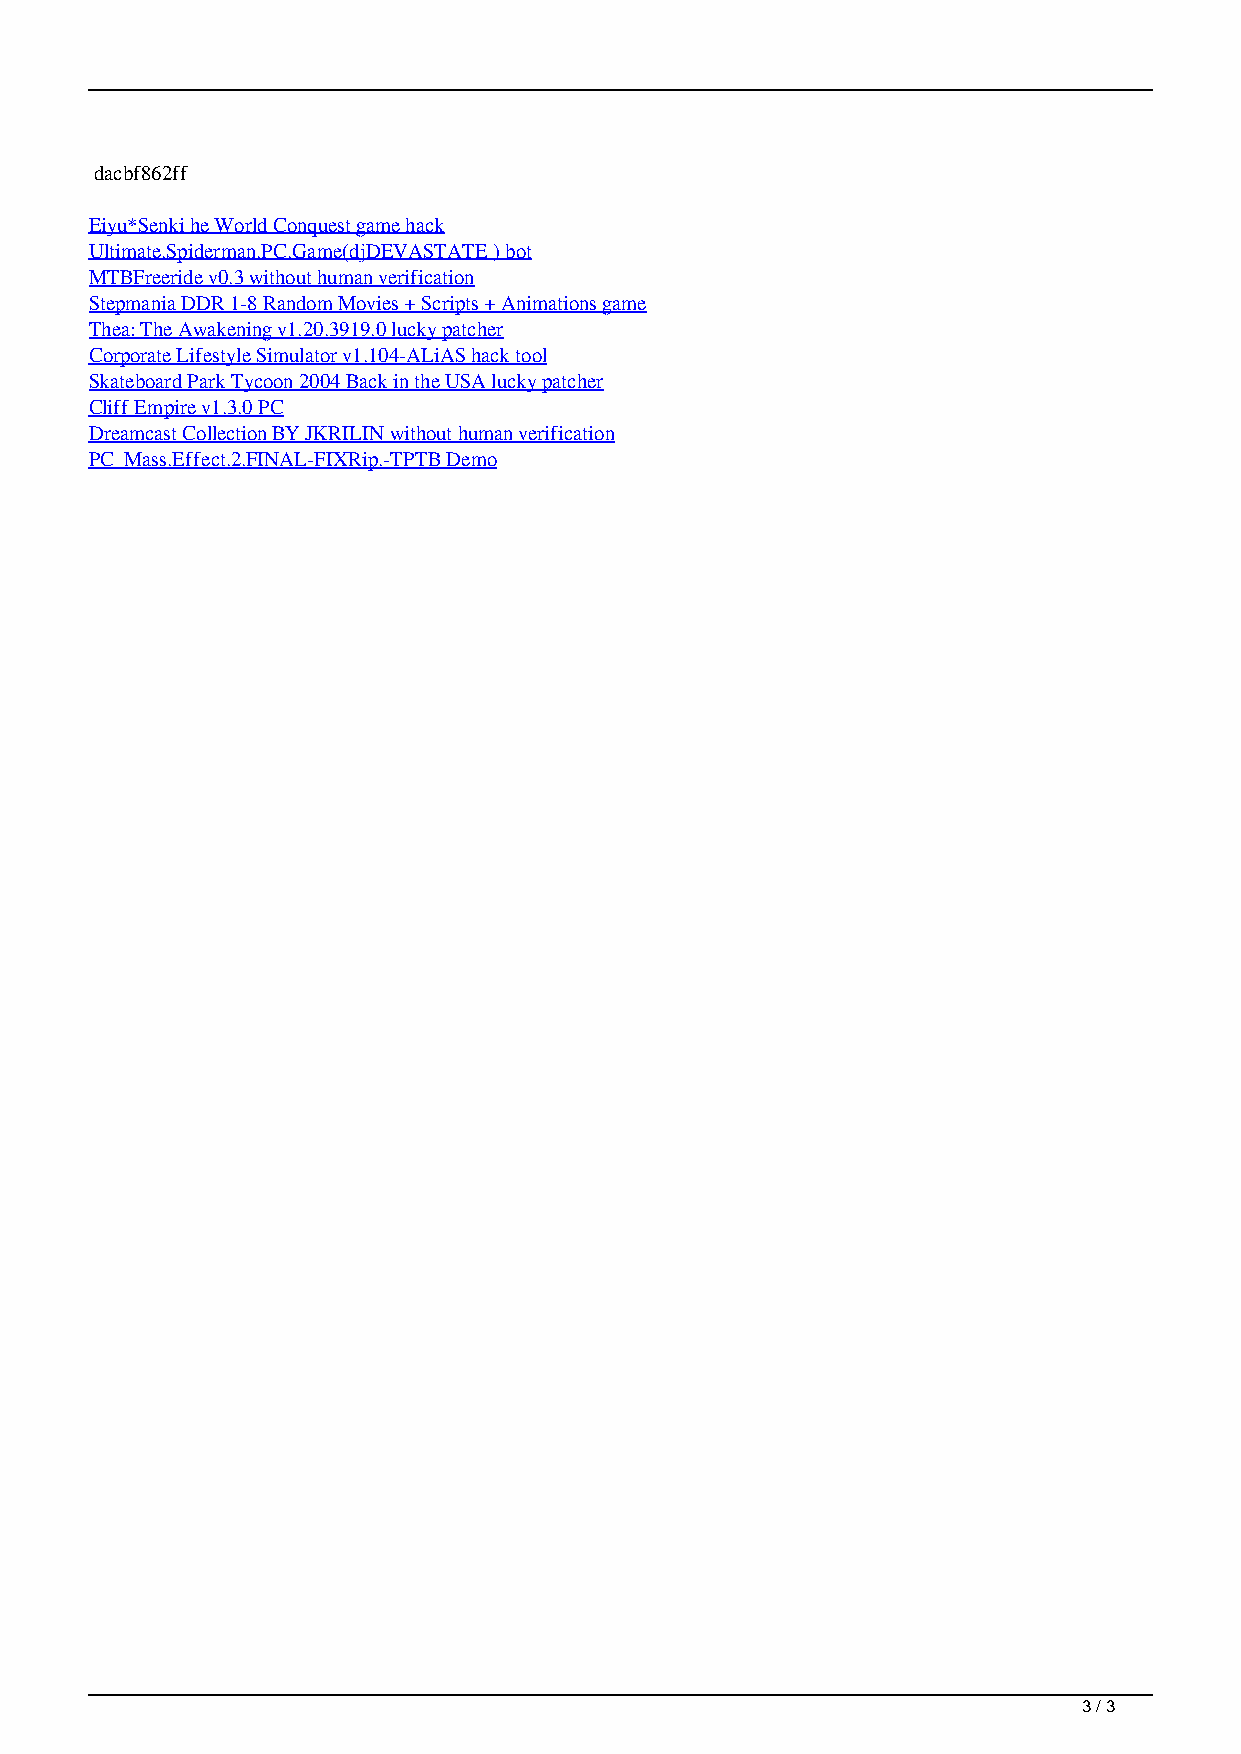
dacbf862ff
 Eiyu*Senki he World Conquest game hack
 Ultimate.Spiderman.PC.Game(djDEVASTATE ) bot
 MTBFreeride v0.3 without human verification
 Stepmania DDR 1-8 Random Movies + Scripts + Animations game
 Thea: The Awakening v1.20.3919.0 lucky patcher
 Corporate Lifestyle Simulator v1.104-ALiAS hack tool
 Skateboard Park Tycoon 2004 Back in the USA lucky patcher
 Cliff Empire v1.3.0 PC
 Dreamcast Collection BY JKRILIN without human verification
 PC_Mass.Effect.2.FINAL-FIXRip.-TPTB Demo
 3 / 3
 Total Annihilation CD2 Skidrow Reloaded